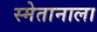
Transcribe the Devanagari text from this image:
स्मेतानाला